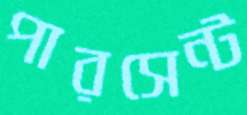
পারসেন্ট